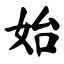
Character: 始